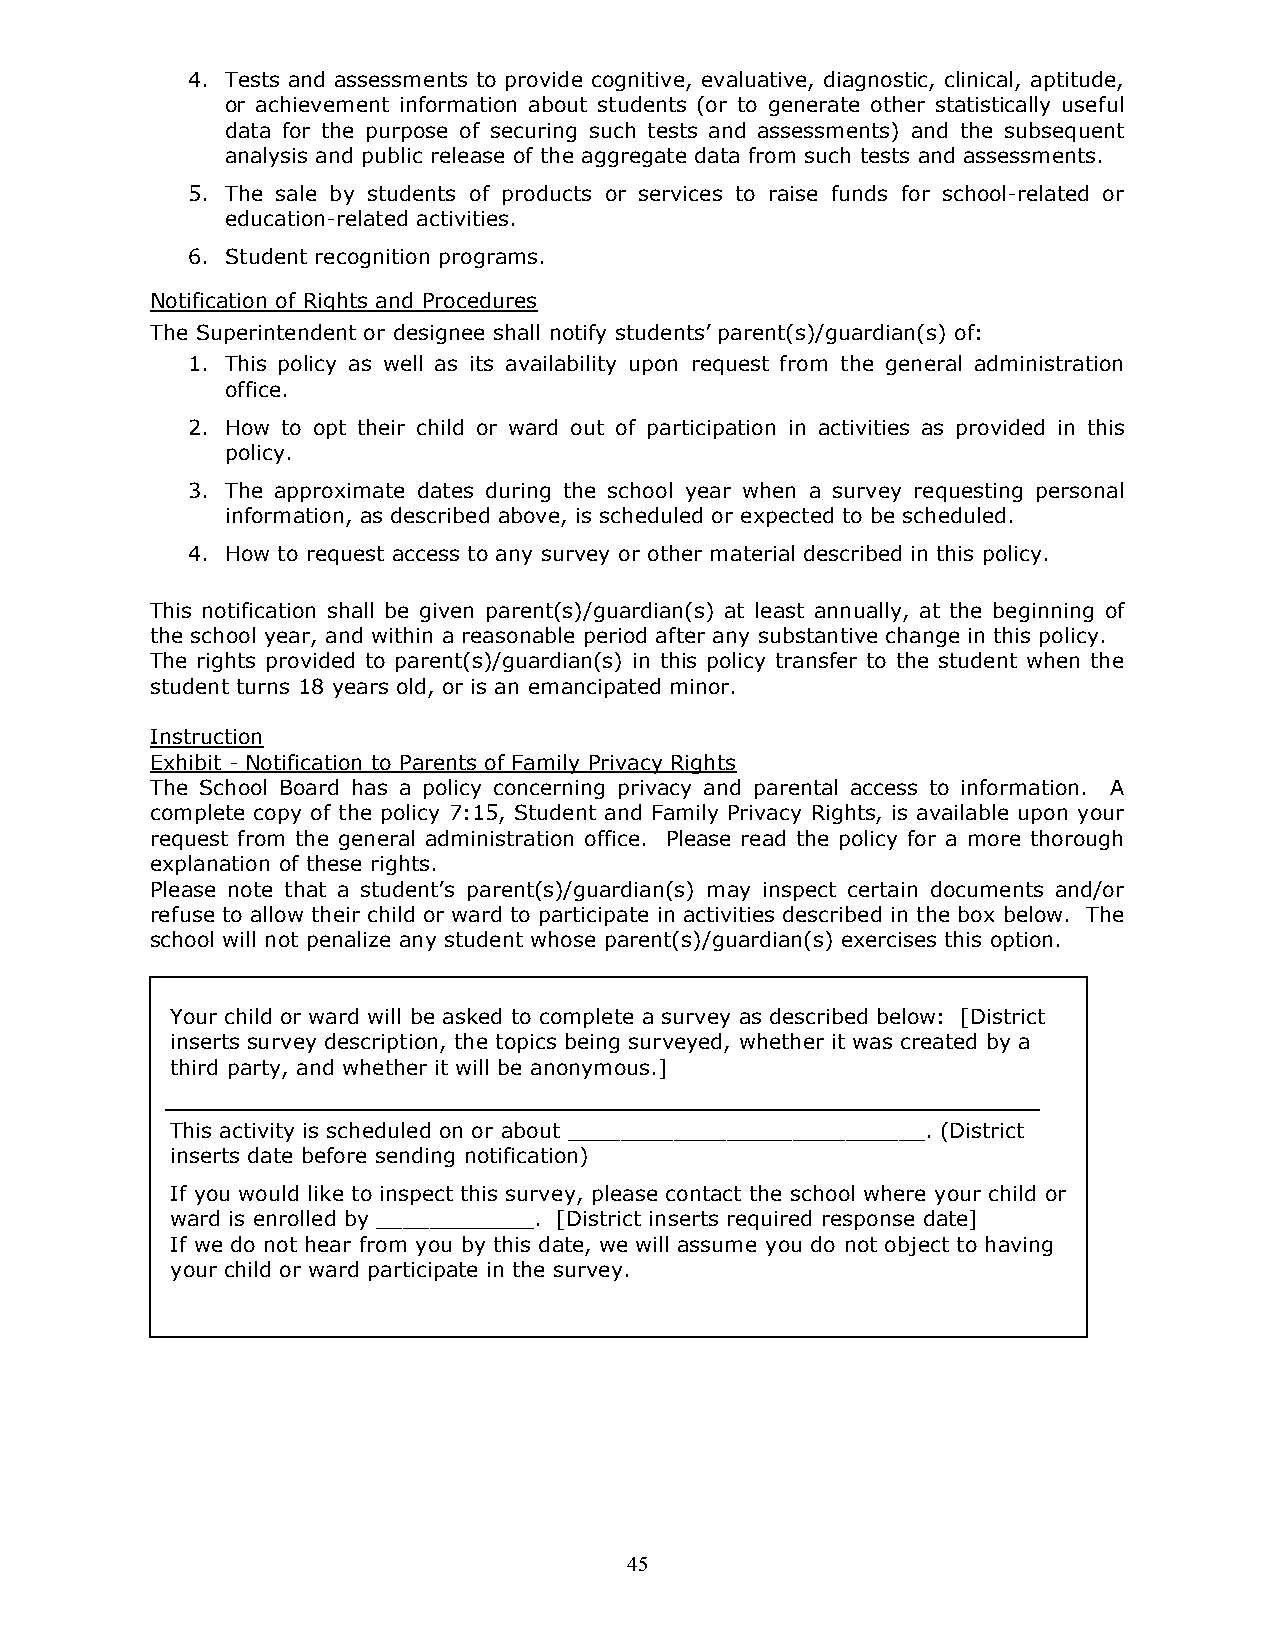
4. Tests and assessments to provide cognitive, evaluative, diagnostic, clinical, aptitude,
 or achievement information about students (or to generate other statistically useful
 data for the purpose of securing such tests and assessments) and the subsequent
 analysis and public release of the aggregate data from such tests and assessments.
 5. The sale by students of products or services to raise funds for school-related or
 education-related activities.
 6. Student recognition programs.
 Notification of Rights and Procedures
 The Superintendent or designee shall notify students’ parent(s)/guardian(s) of:
 1. This policy as well as its availability upon request from the general administration
 office.
 2. How to opt their child or ward out of participation in activities as provided in this
 policy.
 3. The approximate dates during the school year when a survey requesting personal
 information, as described above, is scheduled or expected to be scheduled.
 4. How to request access to any survey or other material described in this policy.
 This notification shall be given parent(s)/guardian(s) at least annually, at the beginning of
 the school year, and within a reasonable period after any substantive change in this policy.
 The rights provided to parent(s)/guardian(s) in this policy transfer to the student when the
 student turns 18 years old, or is an emancipated minor.
 Instruction
 Exhibit - Notification to Parents of Family Privacy Rights
 The School Board has a policy concerning privacy and parental access to information. A
 complete copy of the policy 7:15, Student and Family Privacy Rights, is available upon your
 request from the general administration office. Please read the policy for a more thorough
 explanation of these rights.
 Please note that a student’s parent(s)/guardian(s) may inspect certain documents and/or
 refuse to allow their child or ward to participate in activities described in the box below. The
 school will not penalize any student whose parent(s)/guardian(s) exercises this option.
 Your child or ward will be asked to complete a survey as described below: [District
 inserts survey description, the topics being surveyed, whether it was created by a
 third party, and whether it will be anonymous.]
 This activity is scheduled on or about ___________________________. (District
 inserts date before sending notification)
 If you would like to inspect this survey, please contact the school where your child or
 ward is enrolled by ____________. [District inserts required response date]
 If we do not hear from you by this date, we will assume you do not object to having
 your child or ward participate in the survey.
 45